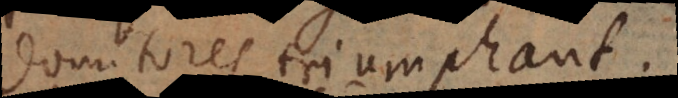
domitores triumphant.